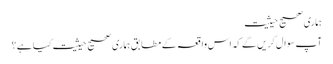
ہماری صحیح حیثیت
آپ سوال کریں گے کہ اس واقعہ کے مطابق ہماری صحیح حیثیت کیا ہے؟